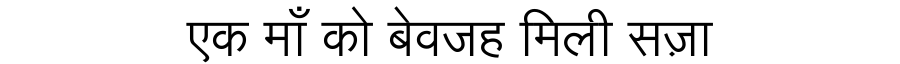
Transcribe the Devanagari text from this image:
एक माँ को बेवजह मिली सज़ा